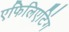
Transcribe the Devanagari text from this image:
एफिलिएटिंग